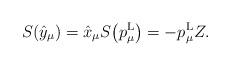
LaTeX: \begin{gather*}{S}(\hat{y}_\mu)=\hat{x}_\mu{S}\big(p^{\rm L}_\mu\big)=-p^{\rm L}_\mu Z.\end{gather*}